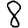
Digit: 8